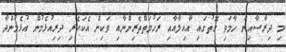
މި ދިރާސާއިން ހާމަވި ގޮތުގައި އާއިލާއާއި ރަހުމަތްތެރިންނާއި ވަކިން އެކަހެރި ދިރިއުޅެމުން އުޅެމުންދާ